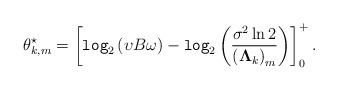
LaTeX: \begin{align*} \theta_{k,m}^{\star}=\left[\texttt{log}_2 \left(\upsilon B \omega\right)-\texttt{log}_2\left(\frac{\sigma^2 \ln 2}{\left(\mathbf{\Lambda}_k\right)_{m}}\right)\right]_0^+.\end{align*}